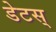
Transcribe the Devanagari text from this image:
डेटस्‌